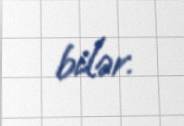
bilər.